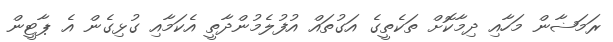
ރަމަޟާން މަހާއި ދިމާކޮށް ތަކެތީގެ އަގުތައް އުފުލެމުންދާތީ އެކަމާއި ގުޅިގެން އެ ޕާޓީން